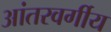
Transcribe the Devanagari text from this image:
आंतरवर्गीय